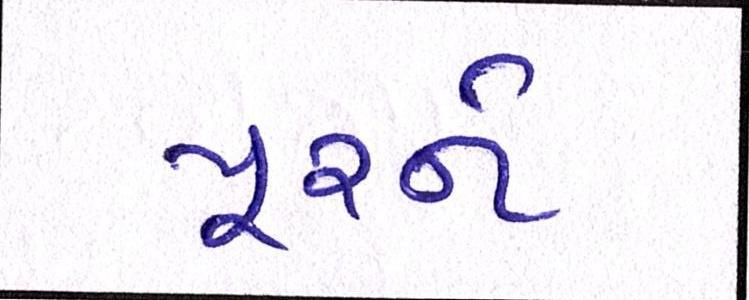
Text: પૂરને